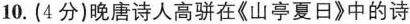
10.(4分)晚唐诗人高骈在《山亭夏日》中的诗